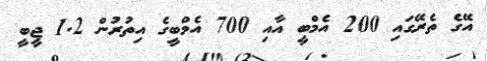
އޭގެ ތެރޭގައި 200 އެމްބީ އާއި 700 އެމްބީގެ އިތުރުން 1.2 ޖީބީ